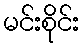
မင်းစိုင်း